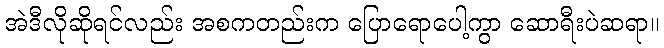
အဲဒီလိုဆိုရင်လည်း အစကတည်းက ပြောရောပေါ့ကွာ ဆောရီးပဲဆရာ။